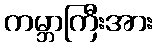
ကမ္ဘာကြီးအား